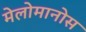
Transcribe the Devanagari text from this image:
मेलोमानोस